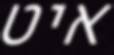
איט